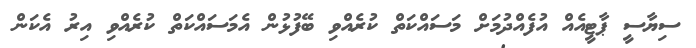
ސިޔާސީ ޕާޓީއެއް އުފެއްދުމަށް މަސައްކަތް ކުރެއްވި ބޭފުޅުން އެމަސައްކަތް ކުރެއްވި އިރު އެކަން